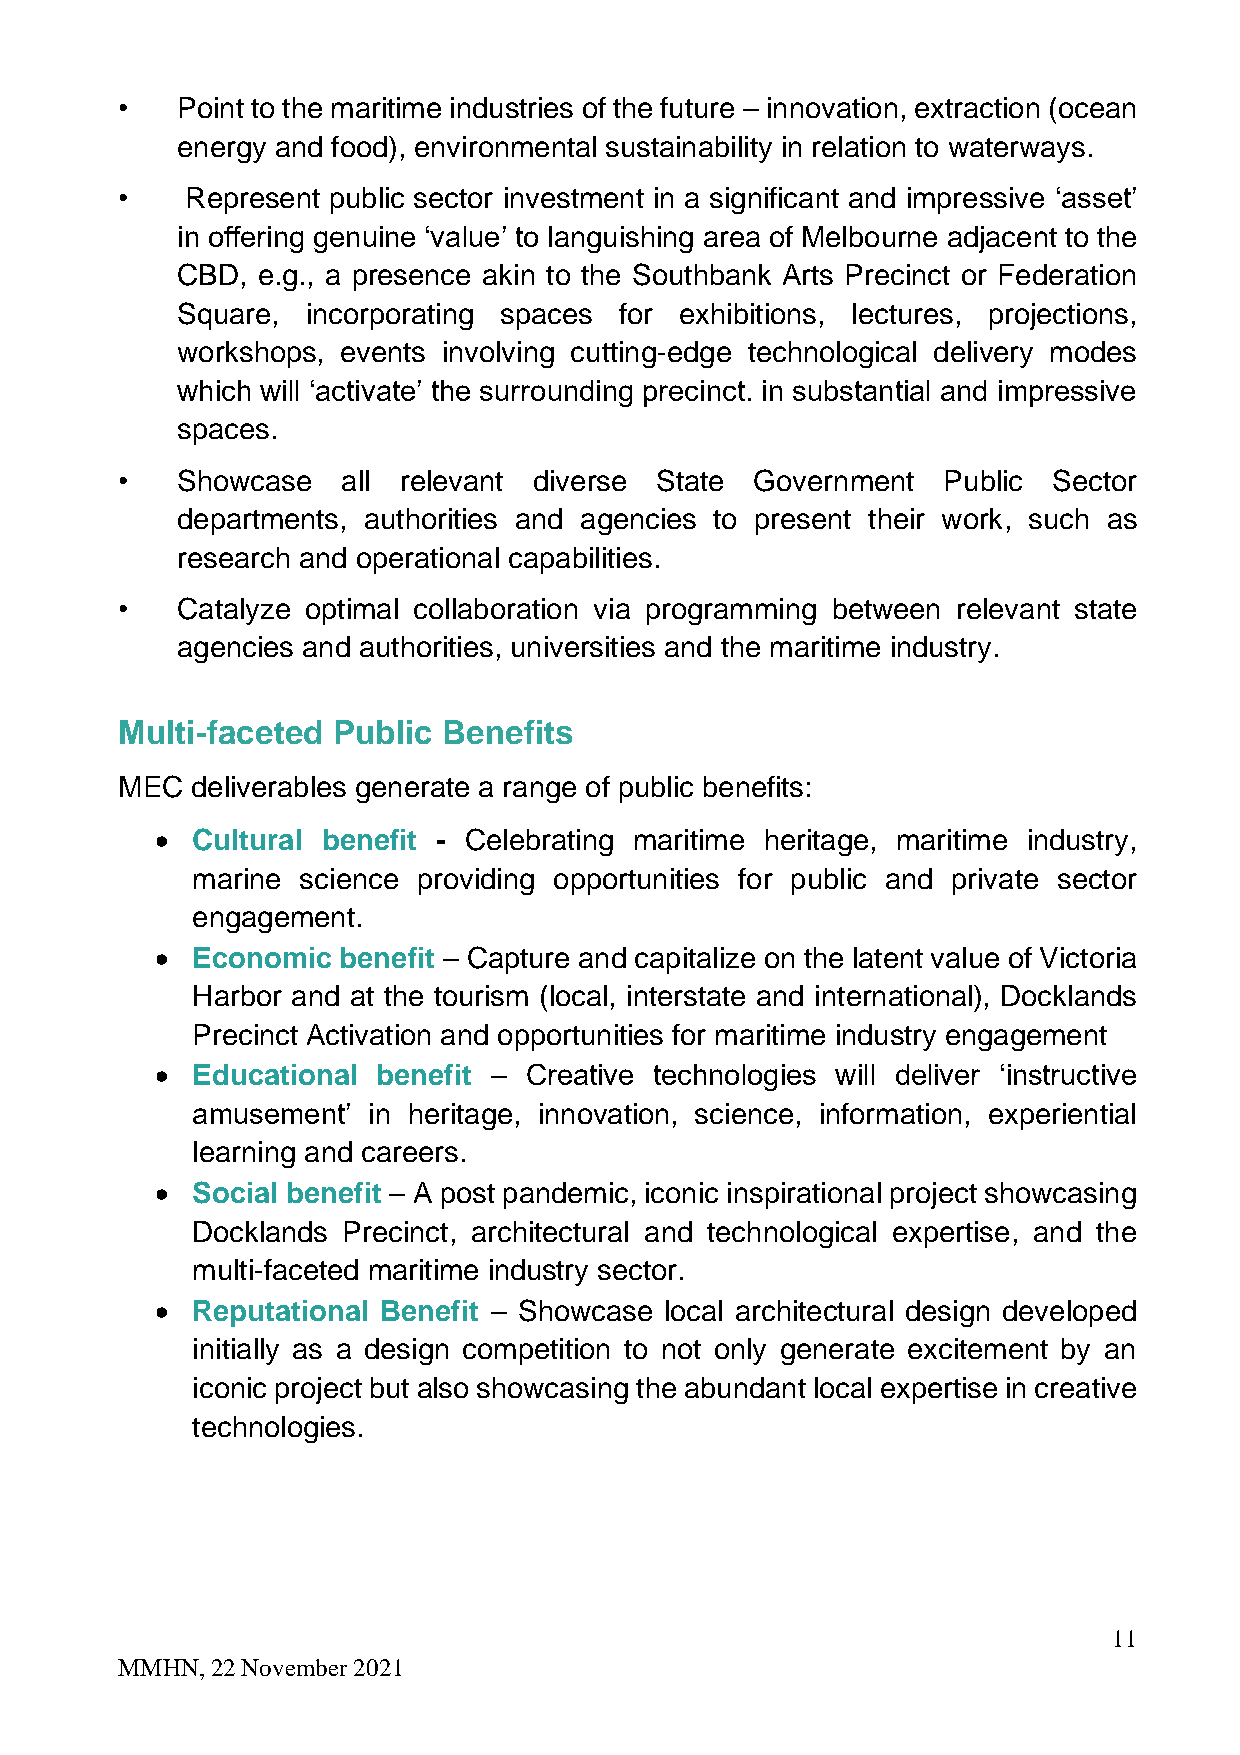
•   Point to the maritime industries of the future – innovation, extraction (ocean
 energy and food), environmental sustainability in relation to waterways.
 •   Represent public sector investment in a significant and impressive ‘asset’
 in offering genuine ‘value’ to languishing area of Melbourne adjacent to the
 CBD, e.g., a presence akin to the Southbank Arts Precinct or Federation
 Square, incorporating spaces for exhibitions, lectures, projections,
 workshops, events involving cutting-edge technological delivery modes
 which will ‘activate’ the surrounding precinct. in substantial and impressive
 spaces.
 •   Showcase   all relevant diverse State Government  Public  Sector
 departments, authorities and agencies to present their work, such as
 research and operational capabilities.
 •   Catalyze optimal collaboration via programming between relevant state
 agencies and authorities, universities and the maritime industry.
 Multi-faceted Public Benefits
 MEC  deliverables generate a range of public benefits:
 •  Cultural benefit - Celebrating maritime heritage, maritime industry,
 marine science providing opportunities for public and private sector
 engagement.
 •  Economic benefit – Capture and capitalize on the latent value of Victoria
 Harbor and at the tourism (local, interstate and international), Docklands
 Precinct Activation and opportunities for maritime industry engagement
 •  Educational benefit – Creative technologies will deliver ‘instructive
 amusement’ in heritage, innovation, science, information, experiential
 learning and careers.
 •  Social benefit – A post pandemic, iconic inspirational project showcasing
 Docklands Precinct, architectural and technological expertise, and the
 multi-faceted maritime industry sector.
 •  Reputational Benefit – Showcase local architectural design developed
 initially as a design competition to not only generate excitement by an
 iconic project but also showcasing the abundant local expertise in creative
 technologies.
 11
 MMHN, 22 November 2021